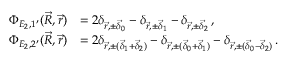
\begin{array} { r l } { \Phi _ { E _ { 2 } , 1 ^ { \prime } } ( \vec { R } , \vec { r } ) } & { = 2 \delta _ { \vec { r } , \pm \vec { \delta } _ { 0 } } - \delta _ { \vec { r } , \pm \vec { \delta } _ { 1 } } - \delta _ { \vec { r } , \pm \vec { \delta } _ { 2 } } \, \mathrm { , } } \\ { \Phi _ { E _ { 2 } , 2 ^ { \prime } } ( \vec { R } , \vec { r } ) } & { = 2 \delta _ { \vec { r } , \pm ( \vec { \delta } _ { 1 } + \vec { \delta } _ { 2 } ) } - \delta _ { \vec { r } , \pm ( \vec { \delta } _ { 0 } + \vec { \delta } _ { 1 } ) } - \delta _ { \vec { r } , \pm ( \vec { \delta } _ { 0 } - \vec { \delta } _ { 2 } ) } \, \mathrm { . } } \end{array}